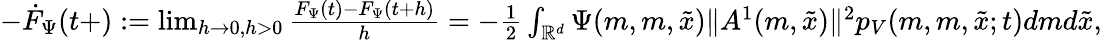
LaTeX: \begin{array}{r}{-\dot{F}_{\Psi}{(t+)}:=\operatorname*{lim}_{h\rightarrow 0,h>0}\frac{F_{\Psi}(t)-F_{\Psi}(t+h)}{h}=-\frac{1}{2}\int_{{\mathbb R}^{d}}\Psi(m,m,\tilde{x})\| A^{1}(m,\tilde{x})\| ^{2}p_{V}(m,m,\tilde{x};t)dmd\tilde{x},}\end{array}